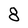
Character: 8